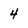
Character: 4